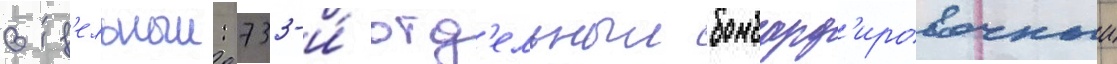
отд'ельныи: 733-и́ отд'ельныи бомбард'ировочныи